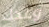
وعدك